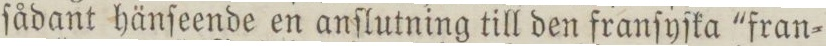
ſådant hänſeende en anſlutning till den franſyſka 'fran=